Plague in India, 1896, 1897 - Volume 3
Year: 1896
Disease focus: Plague
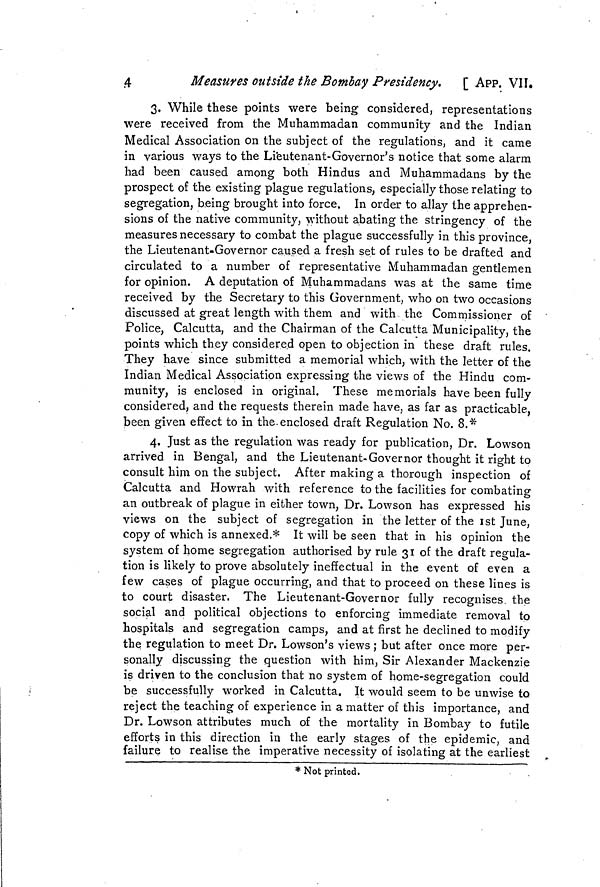
4
Measures outside the Bombay Presidency.
[ APP. VII.
3. While these points were being considered, representations
were received from the Muhammadan community and the Indian
Medical Association on the subject of the regulations, and it came
in various ways to the Lieutenant-Governor's notice that some alarm
had been caused among both Hindus and Muhammadans by the
prospect of the existing plague regulations, especially those relating to
segregation, b.eing brought into force. In order to allay the apprehen-
sions of the native community, without abating the stringency of the
measures necessary to combat the plague successfully in this province,
the Lieutenant-Governor caused a fresh set of rules to be drafted and
circulated to a number of representative Muhammadan gentlemen
for opinion. A deputation of Muhammadans was at the same time
received by the Secretary to this Government, who on two occasions
discussed at great length with them and with the Commissioner of
Police, Calcutta, and the Chairman of the Calcutta Municipality, the
points which they considered open to objection in these draft rules.
They have since submitted a memorial which, with the letter of the
Indian Medical Association expressing the views of the Hindu com-
munity, is enclosed in original. These memorials have been fully
considered, and the requests therein made have, as far as practicable,
been given effect to in the. enclosed draft Regulation No. 8.*
4. Just as the regulation was ready for publication, Dr. Lowson
arrived in Bengal, and the Lieutenant-Governor thought it right to
consult him on the subject. After making a thorough inspection of
Calcutta and Howrah with reference to the facilities for combating
an outbreak of plague in either town, Dr. Lowson has expressed his
views on the subject of segregation in the letter of the 1st June,
copy of which is annexed.* It will be seen that in his opinion the
system of home segregation authorised by rule 31 of the draft regula-
tion is likely to prove absolutely ineffectual in the event of even a
few cases of plague occurring, and that to proceed on these lines is
to court disaster, The Lieutenant-Governor fully recognises the
social and political objections to enforcing immediate removal to
hospitals and segregation camps, and at first he declined to modify
the regulation to meet Dr. Lowson's views ; but after once more per-
sonally discussing the question with him, Sir Alexander Mackenzie
is driven to the conclusion that no system of home-segregation could
be successfully worked in Calcutta. It would seem to be unwise to
reject the teaching of experience in a matter of this importance, and
Dr. Lowson attributes much of the mortality in Bombay to futile
efforts in this direction in the early stages of the epidemic, and
failure to realise the imperative necessity of isolating at the earliest
* Not printed.